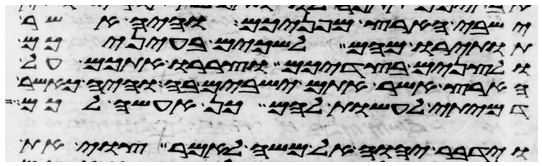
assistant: ישבי הארץ מפניכם והיה אשר
תותירו מהם לשכים בעיניכם
ולצנים בצדיכם וצררו אתכם על
הארץ אשר אתם ישבים בה והיה כאשר
דמיתי לעשות להם כן אעשה לכם
וידבר יהוה אל משה לאמר צוי את